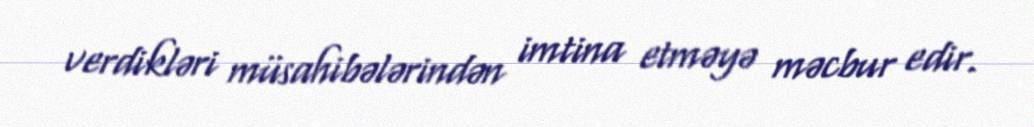
verdikləri müsahibələrindən imtina etməyə məcbur edir.